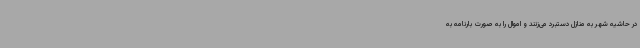
در حاشیه شهر به منازل دستبرد می‌زنند و اموال را به صورت بارنامه به